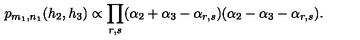
p _ { m _ { 1 } , n _ { 1 } } ( h _ { 2 } , h _ { 3 } ) \propto \prod _ { r , s } ( \alpha _ { 2 } + \alpha _ { 3 } - \alpha _ { r , s } ) ( \alpha _ { 2 } - \alpha _ { 3 } - \alpha _ { r , s } ) .